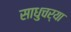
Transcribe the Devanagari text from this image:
साधुचर्या